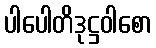
ပါပေါတိဒုဋ္ဌဝါစော